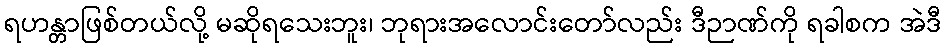
ရဟန္တာဖြစ်တယ်လို့ မဆိုရသေးဘူး၊ ဘုရားအလောင်းတော်လည်း ဒီဉာဏ်ကို ရခါစက အဲဒီ